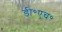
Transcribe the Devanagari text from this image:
डी॰एच॰